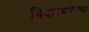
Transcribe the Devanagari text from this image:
विदारकरीत्या